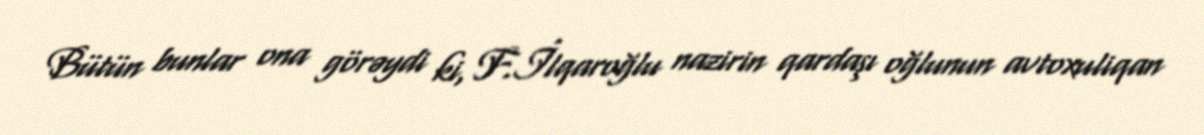
Bütün bunlar ona görəydi ki, F.İlqaroğlu nazirin qardaşı oğlunun avtoxuliqan